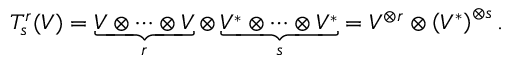
T _ { s } ^ { r } ( V ) = \underbrace { V \otimes \cdots \otimes V } _ { r } \otimes \underbrace { V ^ { * } \otimes \cdots \otimes V ^ { * } } _ { s } = V ^ { \otimes r } \otimes \left( V ^ { * } \right) ^ { \otimes s } .